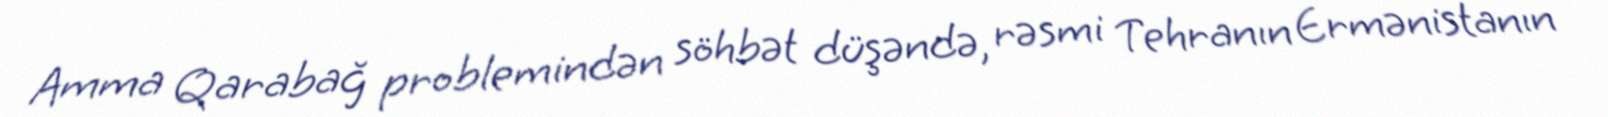
Amma Qarabağ problemindən söhbət düşəndə, rəsmi Tehranın Ermənistanın